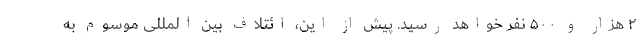
۲ هزار و ۵۰۰ نفر خواهد رسید. پیش از این، ائتلاف بین المللی موسوم به